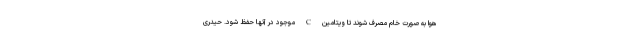
هوا به صورت خام مصرف شوند تا ویتامین C موجود در آنها حفظ شود. حیدری